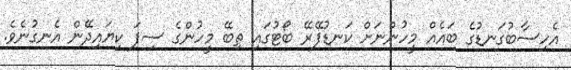
އެހިސާބުގަނޑުގެ ބައެއް މީހުންނަށް ކަނޑުފޭރޭ ބޯޓުގައި ތިބޭ މީހުންގެ ސިފަ ކިޔައިދޭން އެނގުނެވެ.